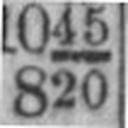
820